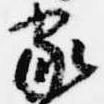
家